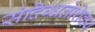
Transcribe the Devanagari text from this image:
संदिग्धतेशिवाय